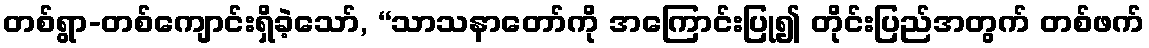
တစ်ရွာ-တစ်ကျောင်းရှိခဲ့သော်, “သာသနာတော်ကို အကြောင်းပြု၍ တိုင်းပြည်အတွက် တစ်ဖက်